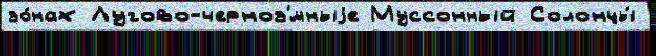
зо́нах Лугово-черноз'́мныjе Муссонный Солонцы́